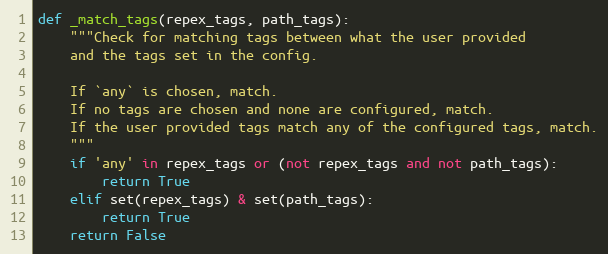
Language: Python
def _match_tags(repex_tags, path_tags):
    """Check for matching tags between what the user provided
    and the tags set in the config.

    If `any` is chosen, match.
    If no tags are chosen and none are configured, match.
    If the user provided tags match any of the configured tags, match.
    """
    if 'any' in repex_tags or (not repex_tags and not path_tags):
        return True
    elif set(repex_tags) & set(path_tags):
        return True
    return False